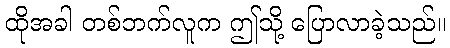
ထိုအခါ တစ်ဘက်လူက ဤသို့ ပြောလာခဲ့သည်။